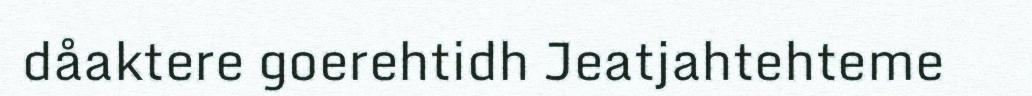
dåaktere goerehtidh Jeatjahtehteme